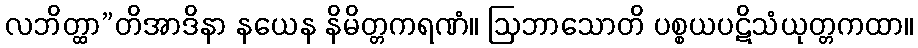
လဘိတ္ထာ”တိအာဒိနာ နယေန နိမိတ္တကရဏံ။ ဩဘာသောတိ ပစ္စယပဋိသံယုတ္တကထာ။